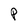
Character: P